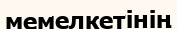
мемелкетінің